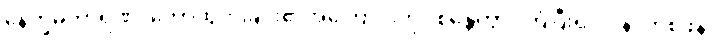
နေက္ခမကာရဏ၊ တောထွက်ခြင်း၏အကြောင်းကို။ စိန္တေတွာ၊ ကြံပြီး၍။ ပုန၊ တစ်ဖန်။